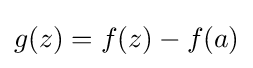
g(z)=f(z)-f(a)